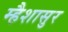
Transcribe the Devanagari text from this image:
म्हैशासुर